Annual report of the Bengal Veterinary College and of the Civil Veterinary Department, Bengal, for the year 1910-1911 - 1910-1911
Year: 1910
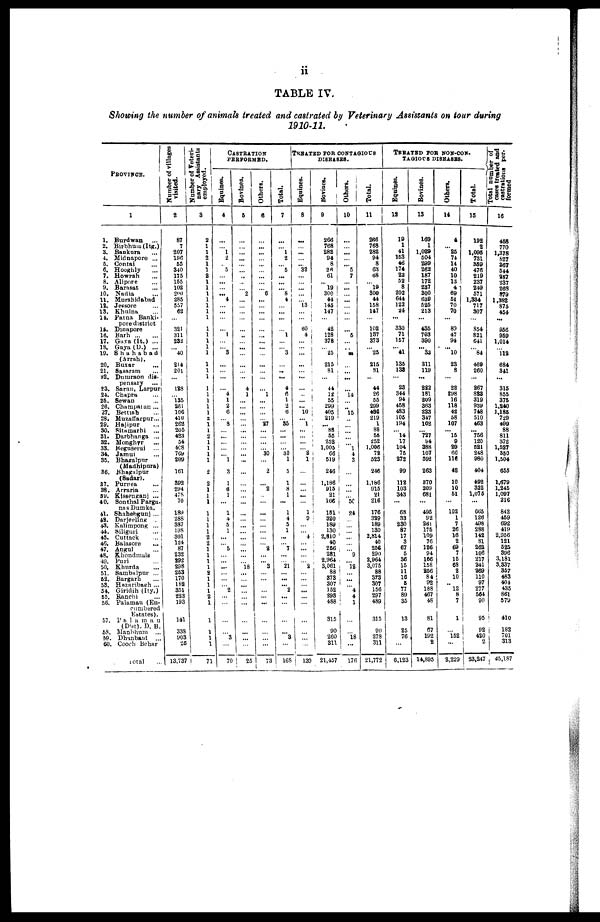
ii
TABLE IV.
Showing the number of animals treated and castrated by Veterinary Assistants on tour during
1910-11.
PROVINCE.
1
1. Burdwan ...
2. Birbhuin (Iig.)
3. Bankura ...
4. Miclnapore ...
5. Contai ...
6. Hooghly ...
7. Howrah ...
8. Alipore ...
9. Barasat ...
10. Nadia ...
11. Murshidabad
12. Jessore ...
13. Khulna ...
14. Patna Banki-
poredistrict
15. Dinapore
16. Barh
...
...
17. Gays (It.) ...
18. Gaya (D.) ...
19.
Shahabad
(Arrah).
20. Buxar ...
21. Sasaram ...
22. Dniuraon dis-
pensary ...
23. Saran, Larpura
24. Chapra ...
25. Bewau ...
26. Champaian ...
27. Bettiab ...
2S. Muzaffarpur ...
29. Hajipur ...
30. Situinarhi ...
31. Darbhanga ...
32. Monghyr ...
33. Beguserai ...
34. Jamui ...
35. Bhagalpur
(Madhipura)
36. Bhagalpur
(sadar).
37. Purnea ...
38. Arraria...
39. Kissenganj ...
40. Sonthal Pargu-
nas Dumka.
41. Shahebgunj ...
48. Darjeeling.
43. Kalimpong ...
44. Siliguri ...
45. Cuttack ...
46. Balasore ...
47. Angul ...
48. Khondmals
49. Puri ...
50. Khurda ...
51. Sambalpur ...
52. Bargarh ...
53. Hazaribazh ...
54. Giridih (Ity.)
55. Ranchi ...
56. Palamau (En-
cumbered
Estates).
57.
Palamau
(Dist). D. B.
53. Manbhum ...
59. Dlvmbaid ...
60. Cooch Behar
Total ...
Number of villages
visited.
2
87
7
207
196
55
340
175
155
102
200
285
557
62
321
311
232
40
214
201
128
135
261
106
410
262
205
423
54
4C8
769
209
161
392
294
47S
70
189
28S
387
198
301
124
87
232
292
298
253
170
182
351
223
193
141
338
903
26
13,737
Number of Veteri-
nary Assistants
employed.
3
2
2
2
1
1
1
1
1
1
1
2
2
1
1
1
1
2
1
1
1
2
1
1
1
1
1
71
CASTRATION
PERFORMRD.
Equines.
4
...
... 1
2
5
... 4
...
...1
...3
...
4
1
2
6
8
...
...
...1
3
1
6
1
1
4
5
1
...
...
5
...
...
...
...
...
...
...
2 ...
...
3 ...
70
Bovines.
6
...
...
...
...
...
...
..
2
...
..
...
4
1
...
...
...
...
...
...
...
...
...
...
...
...
...
...
...
...
...
...
...
...
...
...
18
...
...
...
...
...
...
...
...
...
25
Others.
6
...
...
...
...
...
...
...
...
...
6
...
...
...
...1
...
...
27
...
...
...
...
30
...
2
...
2
...
...
...
2 ...
...
...
...
3 ...
...
...
...
...
...
73
Total.
7
...
...
1
2
...
5
...
...
8
4
...
...
...
1 ...
3
...
...
4
6
1
2
6
...
35
...
...
...
...
30
1
5
1
8
1
...
1
4
5
1
...
...
7 ...
21
...
...
... 2
...
...
...3
168
TREATRD FOR CONTAGIOUS
DISEASES.
Equines.
8
...
...
...
...
... 32
...
...
...
...
...
13
60
4
...
...
..
... 10
...
1
...
...
...
...
2
1
...
...
1
9
...4
...
...2
...
...
...
139
Bovines.
9
266
768
282
94
8
26
61
... 19
300
44
145
147
42
128
378
25
215
81
44
12
55
299
405
219
... 88
55
252
1,005
66
519
246
1,186
915
21
166
151
320
189
130
2,810
40
256
281
2,964
3,061
88
373
307
152
293
488
315
90
260
311
21,457
Others.
10
...
...
...
...
... 5
7
...
...
...
... 5
...
...
...
...
...14
..15
...
...
...
...
1
4
3
...
...
50
24
...
...
... ...
...
...
...
9
12 ...
... ...
...4
4
1
18 ...
176
Total.
11
266
768
282
94
8
63
68
...
19
300
44
158
147
102
187
373
...25
215
81
44
26
55
299
436
219
1
88
55
252
1,006
72
523
246
1,186
915
21
216
176
329
189
130
2,814
40
256
290
2,964
3,075
88
373
307
156
297
489
315
90
278
311
21,772
TRRATED FOR NON-CON-
TAGIOUS DISEASRS.
Equines.
12
19
1
41
153
46
174
22
52
8
202
644
122
24
...
330
71
157
... 41
135
133
23
344
94
458
483
105
194
...14
17
104
75
272
99
112
103
343
...
68
33
230
87
17
3
67
5
S6
15
11
16
5
77
89
35
13
25
76
...
6,123
Bovines.
13
169
1
1,029
504
299
262
187
172
237
300
639
525
213
435
703
390
... 33
311
119
...
222
181
209
363
223
347
162
727
94
388
107
592
263
370
209
681
...
495
92
261
175
109
76
126
94
166
158
256
84
92
188
467
48
81
67
192
2
14.895
Others.
14
4
... 25
74
14
40
10
13
4
69
51
70
70
...
89
47
94
. ...
10
23
8
22
298
16
118
42
58
107
... 15
9
29
66
116
42
10
10
51
102
1
7
26
16
2
69
7
15
68
2
10
.. 12
8
7
1
152
2,229
Total.
15
192
2
1,095
731
359
476
219
237
249
571
1,334
717
307
854
821
641
...84
469
260
267
823
319
939
748
510
463
... 756
120
521
248
980
404
492
322
1,075
...
665
126
498
288
142
81
262
106
217
241
269
110
97
277
564
90
95
92
420
2
23,247
Total number of
cases treated and
castrations per-
formed
16
458
770
1,378
S27
367
544
287
237
268
879
1,382
875
454
...
956
959
1,014
112
684
341
315
855
375
1,240
1,185
729
499
88
811
372
1,527
350
1,504
655
1,679
1,245
1,097
216
842
459
692
419
2,956
121
525
396
3,181
3,337
357
483
404
435
861
579
410
182
701
313
45,187